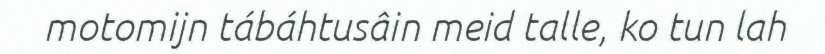
motomijn tábáhtusâin meid talle, ko tun lah